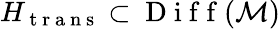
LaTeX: H_{\mathrm{~t~r~a~n~s~}}\subset\mathrm{~D~i~f~f~}(\mathcal{M})